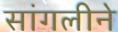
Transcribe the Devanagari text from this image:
सांगलीने